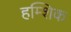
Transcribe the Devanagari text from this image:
हम्शिक